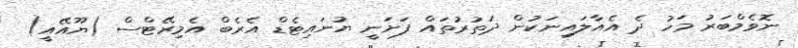
ނޮވެމްބަރު މަހު ދެ އެއާލައިނަކުން ދަތުރުތައް ފަށަނީ ޔުނައިޓެޑް އެރެބް އެމިރޭޓްސް (ޔޫއޭއީ)